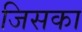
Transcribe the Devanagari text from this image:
जिसका